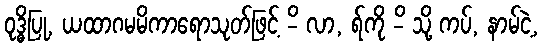
ဝုဒ္ဓိပြု, ယထာဂမမိကာရောသုတ်ဖြင့် -ိ လာ, ရ်ကို -ိ သို့ ကပ်, နာမ်ငဲ့,